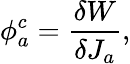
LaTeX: \phi_{a}^{c}=\frac{\delta W}{\delta J_{a}},